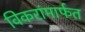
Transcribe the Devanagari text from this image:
विकरांमार्फत